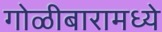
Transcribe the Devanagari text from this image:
गोळीबारामध्ये